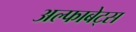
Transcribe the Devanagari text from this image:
अल्फाबेट्स